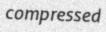
compressed